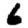
Digit: 6